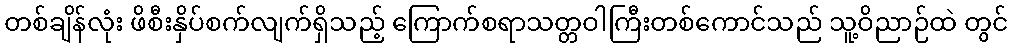
တစ်ချိန်လုံး ဖိစီးနှိပ်စက်လျက်ရှိသည့် ကြောက်စရာသတ္တဝါကြီးတစ်ကောင်သည် သူ့ဝိညာဉ်ထဲ တွင်